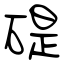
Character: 碮